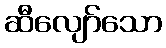
ဆီလျော်သော